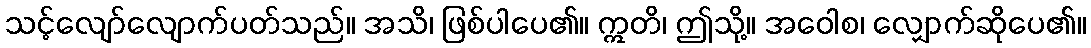
သင့်လျော်လျောက်ပတ်သည်။ အသိ၊ ဖြစ်ပါပေ၏။ ဣတိ၊ ဤသို့။ အဝေါစ၊ လျှောက်ဆိုပေ၏။